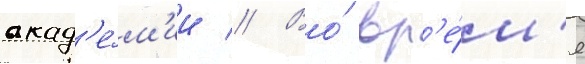
акад'е́м'ии // Во́ вр'е́м'я